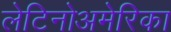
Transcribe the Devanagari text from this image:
लेटिनोअमेरिका